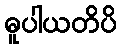
ဓူပါယတိပိ